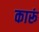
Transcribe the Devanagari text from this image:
कारूं